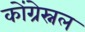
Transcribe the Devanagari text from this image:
कोंग्रेस्नल